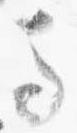
馬